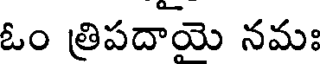
ఓం త్రిపదాయె నమః